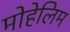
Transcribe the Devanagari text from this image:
मोहेलिम